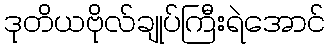
ဒုတိယဗိုလ်ချုပ်ကြီးရဲအောင်